Vital statistics of India. Vol. IV, Annual returns from 1871 to 1876. British Army of India, Native Army and jails of Bengal
Year: 1871
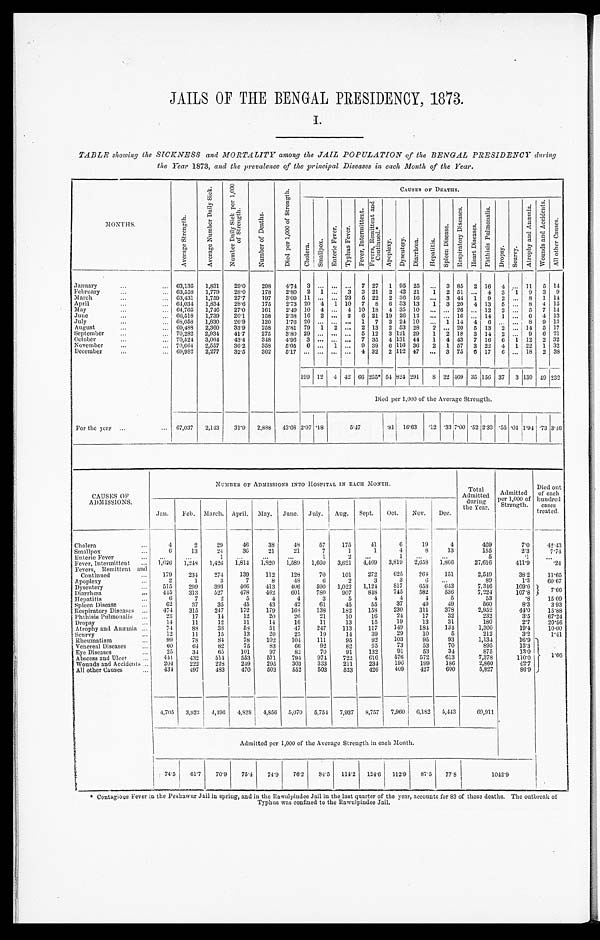
JAILS OF THE BENGAL PRESIDENCY, 1873.
I.
TABLE showing the SICKNESS and MORTALITY among the JAIL POPULATION of the BENGAL PRESIDENCY during
the Year 1873, and the prevalence of the principal Diseases in each Month of the Year.
MONTHS.
A v e r a g e S t r e n g t h .
A v e r a g e N u m b e r D a i l y S i c k .
N u m b e r D a i l y S i c k p e r 1 , 0 0 0 o f S t r e n g t h .
N u m b e r o f D e a t h s .
D i e d p e r 1 , 0 0 0 o f S t r e n g t h .
CAUSES OF DEATHS.
C h o l e r a .
S a m a l l p o x .
E n t e r i c F e v e r .
T y p h u s F e v e r .
F e v e r , I n t e r m i t t e n t .
F e v e r s , R e m i t t e n t a n d C o n t i n u e d . *
A p o p l e x y .
D y s e n t e r y .
D i a r r h œ a .
H e p a t i t i s .
S p l e e n D i s e a s e .
R e s p i r a t o r y D i s e a s e s .
H e a r t D i s e a s e s .
P h t h i s i s P u l m o n a l i s .
D r o p s y .
S c u r v y .
A t o r p h y a n d A n æ m i a .
W o u n d s a n d A c c i d e n t s .
A l l o t h e r C a u s e s .
January ...
63,135
1,831
29.0
298
4.74 3
. . .
. . .
. . . 7 27 1 95 25
. . . 3 85 2 16 4
. . .
11 5 14
February ...
63,558
1,779
28.0
178
2.80 2 1
. . . 3 3 21 2 42 21
1 2 51
. . . 4 3 1 9 3 9
March ...
63,431
1,759
27.7
197
3.09 11
. . .
. . . 23 5 22 2 36 16
. . . 3 44 1 9 2
. . . 8 1 14
April ...
64,034
1,834
28.6
175
2.73 20 4 1 10 7 8 6 33 13
1 3 20 4 13 5
. . . 8 4 15
M a y . . .
64,765
1,746
27.0
161
2.49 10 4
. . . 4 10 18 4 35 10
. . . . . . 26
. . . 12 2
. . . 5 7 14
June ...
66,518
1,739
26.1
158
2.38 16 2
. . . 2 6 21 19 26 12
. . . . . . 16
. . . 14 1
. . .
6 4 13
July ...
68,058
1,830
26.9
120
1.76 20
. . .
. . . . . . 1 7 3 24 10
. . . 1 14 4
6
. . .
. . . 8 9 13
August ...
69,488 2,360
33.9
258
3.81 79 1
2 . . . 2 13 2 53 28
2
. . . 20 5 13 2
. . . 14 5 17
September ...
70,282
2,934
41.7
275
3.80 29
. . . . . .
. . . 5 12 3 121 29
1 2 18 3 14 2
. . . 9 6 21
October ... 70,524
3,064
43.4
348
4.96 3
. . .
. . . . . . 7 35 4 131 44
1 4 43 7 16 6 1 12 2 32
November ...
7 0 , 6 6 4 2,557
36.2
358
5.05 6
. . . 1
. . . 9 39 6 116 36
2 1 57 3 22 4 1 22 1 32
December . . .
69,982
2,277
32.5
362
5.17
. . . . . .
. . .
. . .
4 32 2 112 47
. . . 3 75 6 17 6
. . . 18 2 38
199 12 4 42
6 6 255*
5 4 824 291
8 22 469
3 5 156 37 3 130
4 9
2 3 2
Died per 1,000 of the Av
e
rage Strength.
For the year
. . . 67,037
2,143
31.9
2,888 43.08 2.97 .18
5 . 4 7
.81 16.63 .12
. 3 3 7.00 .52 2.33 .55 .04 1.94
. 7 3
3 . 4 6
CAUSES OF
ADMISSIONS.
NUMBER OF ADMISSIONS INTO HOSPITAL IN EACH MONTH..
Total
Admitted
during
the Year.
Admitted
per 1,000 of
Strength.
Died out
of each
hundred
cases
treated.
Jan.
Feb. March. April. May. June. July.
Aug. Sept.
Oct.
Nov.
Dec.
Cholera ...
4
2
29
46
38
48
57
175
41
6
19
4
469
7.0
42.43
Smallpox ...
6
13
24
36
21
21
7
1
1
4
8
13
155
2.3
7. 74
Enteric Fever ...
. . .
. . .
1
. . .
. . .
. . .
1
2
. . .
1
. . .
. . .
5
. 1
. . .
Fever, Intermittent ...
1,626
1,248
1,426
1,814
1,820
1,589
1,660
3,621
4,469
3,819
2,658
1,866
27,616
411.9
.24
Fevers, Remittent and
Continued ...
1 7 9 234
274
139
112
128
70
101
272
625
264
151
2,549
38.2
11.65
Apoplexy ...
2
1
3
7
8
48
6
2
3
3
6
. . .
89
1.3
60.67
Dysentery ...
515
299
393
466
413
406
590
1,022
1,124
817
658
643
7,346
109.6
7.66
Diarrhœa ...
445
313
527
478
462
601
780
907
848
745
582
536
7.224
107.8
Hepatitis ...
6
7
2
5
4
4
3
5
4
4
4
5
53
.8
15.09
Spleen Disease ...
6 2
37
35
45
43
42
61
45
55
37
49
49
560
8.3
3.93
Respiratory Diseases ...
474
315
247
172
179
168
138
182
158
230
311
378
2,952
44.0
15.88
Phthisis Pulmonalis ...
2 3
17
14
12
20
26
21
10
16
24
17
32
232
3.5
67.24
Dropsy ...
1 4
11
12
11
14
16
11
13
15
19
13
31
180
2.7
20.56
Atrophy and Anæmia ...
74
88
38
58
51
47
247
113
117
149
184
134
1,300
19.4
10.00
Scurvy ...
12
11
15
13
20
25
19
14
39
29
10
5
212
3.2
1.41
Rheumatism ...
9 9
78
84
78
102
104
111
95
92
103
95
93
1,134
16.9
1.66
Venereal Diseases ...
6 0
6 4
82
75
83
66
92
82
95
73
53
70
895
13.3
Eye Diseases ...
25
34
65
101
97
82
70
91
132
91
53
34
875
13.0
Abscess and Ulcer ...
441
432
514
553
571
794
974
722
616
576
572
613
7,378
110.0
Wounds and Accidents ...
204
222
228
249
295
303
333
211
234
196
199
186
2,860
42.7
All other Causes ...
4 3 4
497
483
470
503
552
503
523
426
409
427
600
5,827
86.9
4,705
3,923
4,496
4,828
4,856
5,070
5,754 7,937
8,757
7,960 6,182
5,443
69,911
Admitted per 1,000 of the Average Strength in each Month.
74.5
61.7
70.9
75.4
74.9
76.2
84.5
114.2 124.6 112.9
87.5
77.8
1042.9
Contagious Fever in the Peshawur Jail in spring, and in the Rawulpindee Jail in the last quarter of the year, accounts for 83 of these deaths. The outbreak of
Typhus was confined to the Rawulpindee Jail.